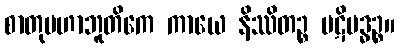
စာတုမဟာဘူတိကေ ကာယေ နိဿိတဉ္စ ပဋိဗဒ္ဓဉ္စ။